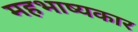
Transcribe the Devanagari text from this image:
महभाष्यकार